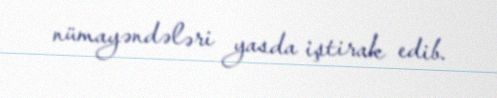
nümayəndələri yasda iştirak edib.